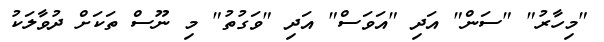
"މިހާރު" "ސަން" އަދި "އަވަސް" އަދި "ވަގުތު" މި ނޫސް ތަކަށް ދުވާލަކު